system: You are a helpful assistant.
user:
Analyze the provided spectrum to determine if it is a **"Cataclysmic Variables (CV)"**.

- **Key Indicators for CV (Check for either state):**
    - **State 1: Quiescent / Low-State (Emission-Dominated)**
        - **(Primary):** Strong and *very broad* Hydrogen Balmer emission lines (e.g., $H\alpha$ at 6563 Å, $H\beta$ at 4861 Å). The 'broadness' (high velocity dispersion, often FWHM > 1000 km/s) is the key diagnostic, indicating a high-velocity accretion disk.
        - **(Secondary):** Broad neutral Helium (He I) emission lines (e.g., 5876 Å, 6678 Å).
        - **(Key Confirmation):** Presence of high-excitation *ionized* Helium (He II) emission at 4686 Å. This is a strong indicator of accretion onto a white dwarf.
        - **(Line Profile):** Emission lines may exhibit a 'double-peaked' profile, which is a classic signature of a rotating accretion disk viewed at high inclination.

    - **State 2: Outburst / High-State (Absorption-Dominated)**
        - **(Primary):** Spectrum is dominated by a bright, blue continuum (looks like a hot star).
        - **(Secondary):** The emission lines from State 1 are weak, absent, or 'filled in', and are replaced by broad, shallow *absorption* lines (primarily Balmer and He I).
        - **(Morphology):** The overall spectrum mimics a hot B/A-type star. The crucial difference is that the absorption lines are significantly broader, shallower, and more 'washed-out' (or 'smeared') than the sharp lines of a normal stellar photosphere, due to high rotational speeds and pressure broadening in the disk.

Think first, call **spectral_visualization_tool** if needed to examine features in detail, then provide your final answer. Your response must adhere to the following strict rules:
1.  **Overall Structure:** Your response must follow the format `<think>...</think> <tool_call>...</tool_call> (if a tool is used) <answer>...</answer>`.
2.  **Tool Usage Constraint:** You may only make **one** tool call per turn.
3.  **Final Answer Format:** In the `<answer>` tag, your conclusion must be inside a `\boxed{}` command (e.g., `\boxed{YES}`), followed by your justification.

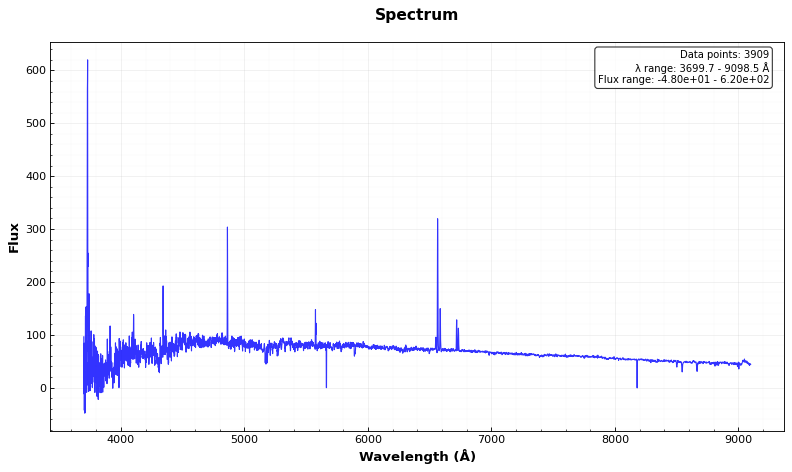
Answer: NO